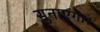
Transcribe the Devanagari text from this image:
सुनाएगा।